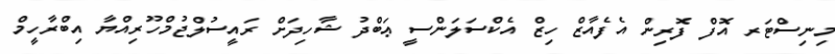
މިނިސްޓަރ އޮފް ފޮރިން އެފެއާޒް ހިޒް އެކްސަލަންސީ ޢަބްދު ޝާހިދަށް ރައީސުލްޖުމްހޫރިއްޔާ އިބްރާހީމް